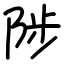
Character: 陟